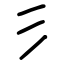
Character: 彡